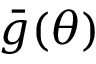
{ \bar { g } } ( \theta )